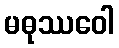
မဓုဿဝေါ